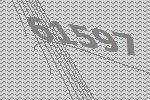
61597